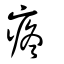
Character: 疼